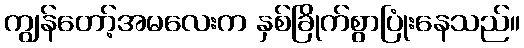
ကျွန်တော့်အမလေးက နှစ်ခြိုက်စွာပြုံးနေသည်။